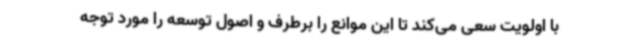
با اولویت سعی می‌کند تا این موانع را برطرف و اصول توسعه را مورد توجه